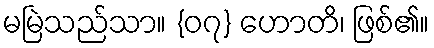
မမြဲသည်သာ။ {၀၇} ဟောတိ၊ ဖြစ်၏။